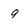
Character: 9